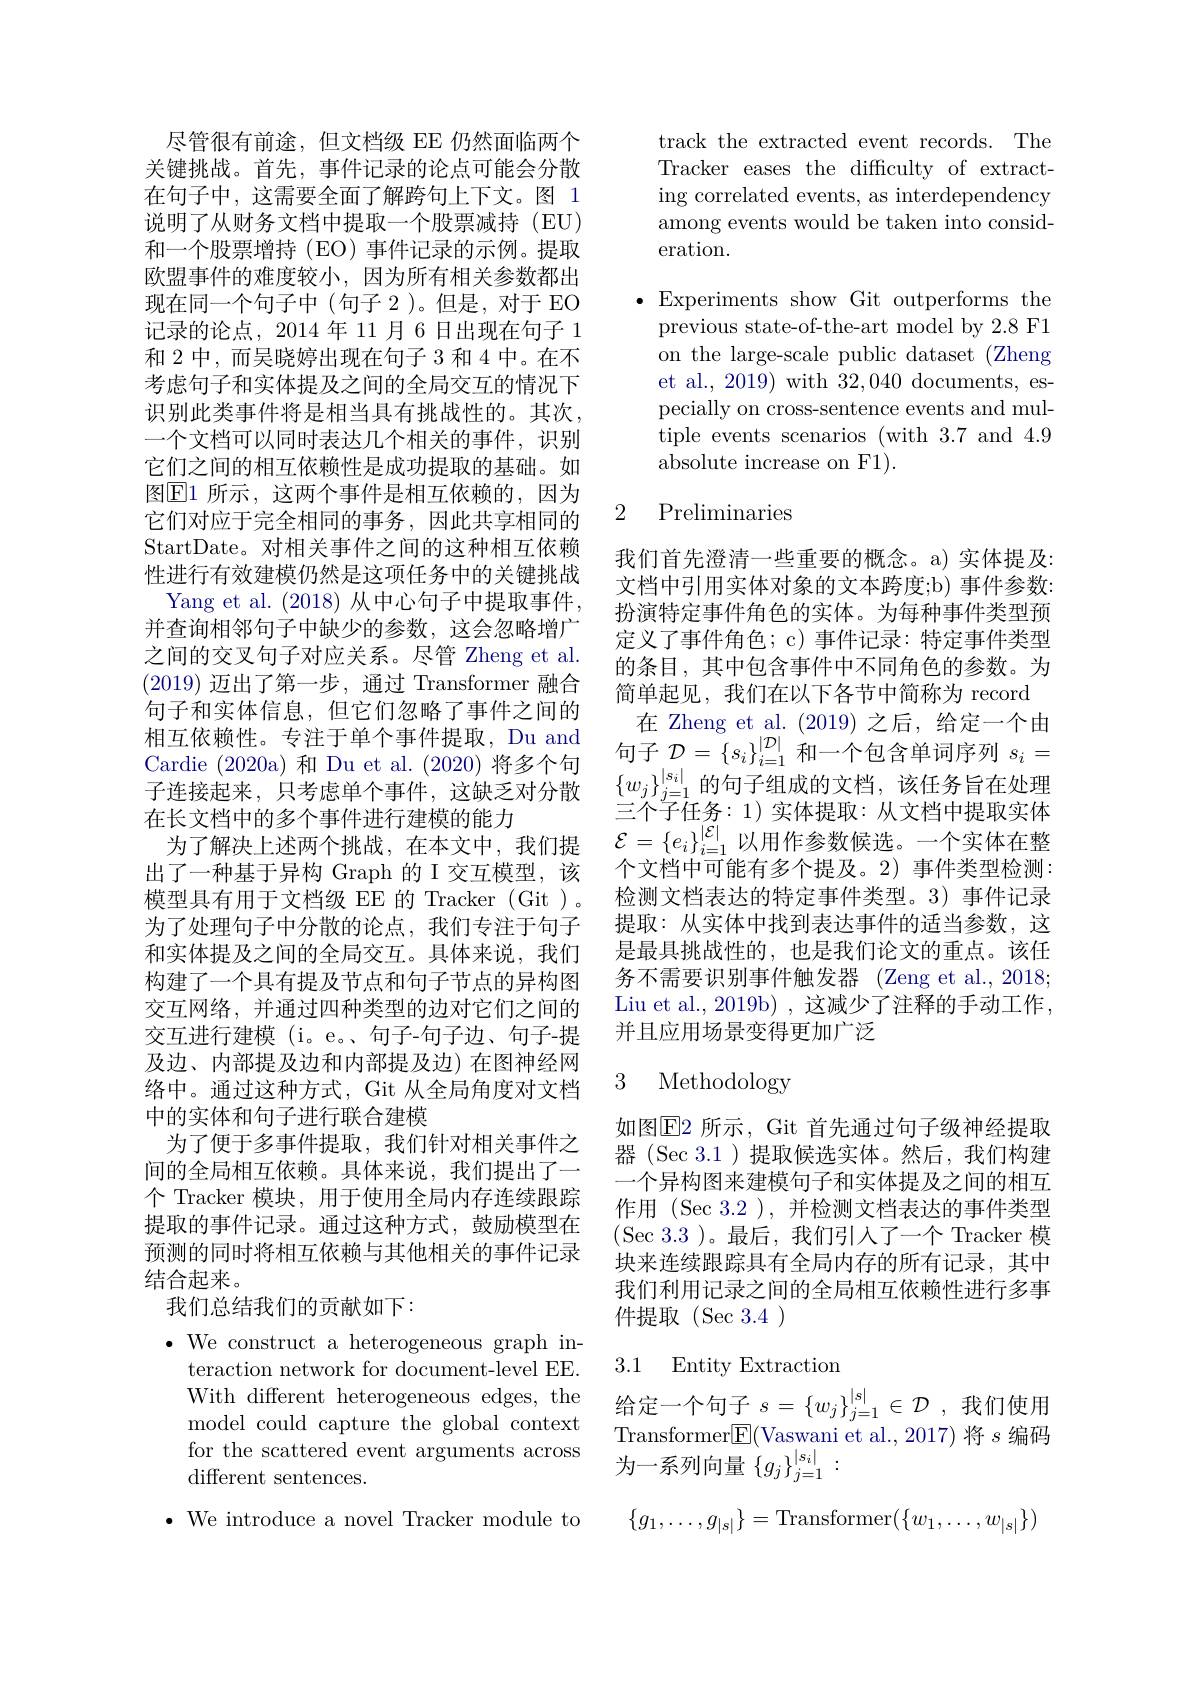
尽管很有前途，但文档级 EE 仍然面临两个关键挑战。首先，事件记录的论点可能会分散在句子中，这需要全面了解跨句上下文。图 1说明了从财务文档中提取一个股票减持(EU) 和一个股票增持(EO)事件记录的示例。提取欧盟事件的难度较小，因为所有相关参数都出现在同一个句子中(句子 2)。但是，对于 EO 记录的论点，2014年11月6日出现在句子 1和 2 中，而吴晓婷出现在句子 3 和 4 中。在不考虑句子和实体提及之间的全局交互的情况下识别此类事件将是相当具有挑战性的。其次， 一个文档可以同时表达几个相关的事件，识别它们之间的相互依赖性是成功提取的基础。如图$\boxed{\mathrm{E}}1$ 所示，这两个事件是相互依赖的，因为它们对应于完全相同的事务，因此共享相同的StartDate。对相关事件之间的这种相互依赖性进行有效建模仍然是这项任务中的关键挑战
Yang et al. (2018) 从中心句子中提取事件， 并查询相邻句子中缺少的参数，这会忽略增广之间的交叉句子对应关系。尽管 Zheng et al. (2019)迈出了第一步，通过 Transformer 融合句子和实体信息，但它们忽略了事件之间的相互依赖性。专注于单个事件提取，Du and 相 互 依 赖 性 。专 注 于 单 个 争 件 提 取 , Du and句 子 $\mathcal{D} = \{ s_{i}\} _{i= 1}^{| \mathcal{D} | }$ 和 一 个 包 含 单 词 序 列 $s_{i}=$ Cardie ( 2020a) 和 Du et al. ( 2020) 将 多 个 向 句 子 $\mathcal{D} = \{ s_{i}\} _{i= 1}^{| \mathcal{D} | }$ 和 一 个 包 含 单 词 序 列 $s_{i}=$ 子 连 接 起 来 , 只 考 虑 单 个 事 件 , 这 缺 乏 对 分 散 $\{ w_{j}\} _{j= 1}^{{| s_{i}| }}$的 句 子 组 成 的 文 档 , 该 任 务 旨 在 处 理
在长文档中的多个事件进行建模的能力
为了解决上述两个挑战，在本文中，我们提出了一种基于异构 Graph 的 I 交互模型，该模型具有用于文档级 EE 的 Tracker (Git )。为了处理句子中分散的论点，我们专注于句子和实体提及之间的全局交互。具体来说，我们构建了一个具有提及节点和句子节点的异构图交互网络，并通过四种类型的边对它们之间的交互进行建模 (i。e。、句子-句子边、句子-提及边、内部提及边和内部提及边) 在图神经网络中。通过这种方式，Git 从全局角度对文档中的实体和句子进行联合建模
为了便于多事件提取，我们针对相关事件之间的全局相互依赖。具体来说，我们提出了一个 Tracker 模块，用于使用全局内存连续跟踪提取的事件记录。通过这种方式，鼓励模型在预测的同时将相互依赖与其他相关的事件记录结合起来。
我们总结我们的贡献如下：
$\bullet$ We construct a heterogeneous graph in-

teraction network for document-level EE.
With different heterogeneous edges, the 给定一个句子$s=\{w_j\}_{j=1}^{|s|}\in\mathcal{D}$ ,我们使用model could capture the global context $\pi_{\sqrt{2}}$
model could capture the global context for the scattered event arguments across different sentences.

$\bullet$ We introduce a novel Tracker module to

track the extracted event records. The Tracker eases the difficulty of extracting correlated events, as interdependency among events would be taken into consideration.

$\bullet$Experiments show Git outperforms the
previous state-of-the-art model by 2.8 F1 on the large-scale public dataset (Zheng et al., 2019) with 32,040 documents, especially on cross-sentence events and multiple events scenarios (with 3.7 and 4.9 absolute increase on F1).

### 2 Preliminaries

我们首先澄清一些重要的概念。a) 实体提及： 文档中引用实体对象的文本跨度；b) 事件参数： 扮演特定事件角色的实体。为每种事件类型预定义了事件角色；c) 事件记录：特定事件类型的条目，其中包含事件中不同角色的参数。为简单起见，我们在以下各节中简称为 record
在 Zheng et al. (2019)之后，给定一个由三个子任务：1) 实体提取：从文档中提取实体$\mathcal{E}=\{e_i\}_{i=1}^{|\mathcal{E}|}$以用作参数候选。一个实体在整个文档中可能有多个提及。2)事件类型检测： 检测文档表达的特定事件类型。3) 事件记录提取：从实体中找到表达事件的适当参数，这是最具挑战性的，也是我们论文的重点。该任务不需要识别事件触发器 (Zeng et al., 2018; Liu et al., 2019b) , 这减少了注释的手动工作， 并且应用场景变得更加广泛

### 3 Methodology

如图$\overline{\mathrm{E}}$2 所示，Git 首先通过句子级神经提取器(Sec 3.1)提取候选实体。然后，我们构建一个异构图来建模句子和实体提及之间的相互作用 (Sec 3.2 ), 并检测文档表达的事件类型$(\sec3.3)$。最后，我们引入了一个 Tracker 模块来连续跟踪具有全局内存的所有记录，其中我们利用记录之间的全局相互依赖性进行多事件提取(Sec3.4)

## 3.1 Entity Extraction

Transformer$\boxed{\mathrm{E}}($Vaswani et al., 2017) 将$s$编码
为一系列向量$\{g_j\}_{j=1}^{|s_i|}:$

$\{g_1,\ldots,g_{|s|}\}=$Transformer$(\{w_1,\ldots,w_{|s|}\})$